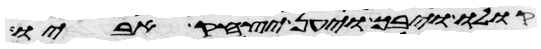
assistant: קולו ויבך ויען יצחק אביו